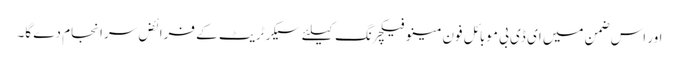
اور اس ضمن میں ای ڈی بی موبائل فون مینو فیکچرنگ کیلئے سیکرٹریٹ کے فرائض سرانجام دے گا۔